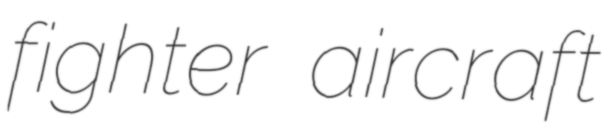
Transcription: fighter aircraft